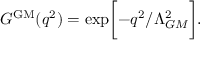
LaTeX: { \cal G } ^ { \mathrm { G M } } ( q ^ { 2 } ) = \exp \biggl [ - q ^ { 2 } / \Lambda _ { G M } ^ { 2 } \biggr ] .